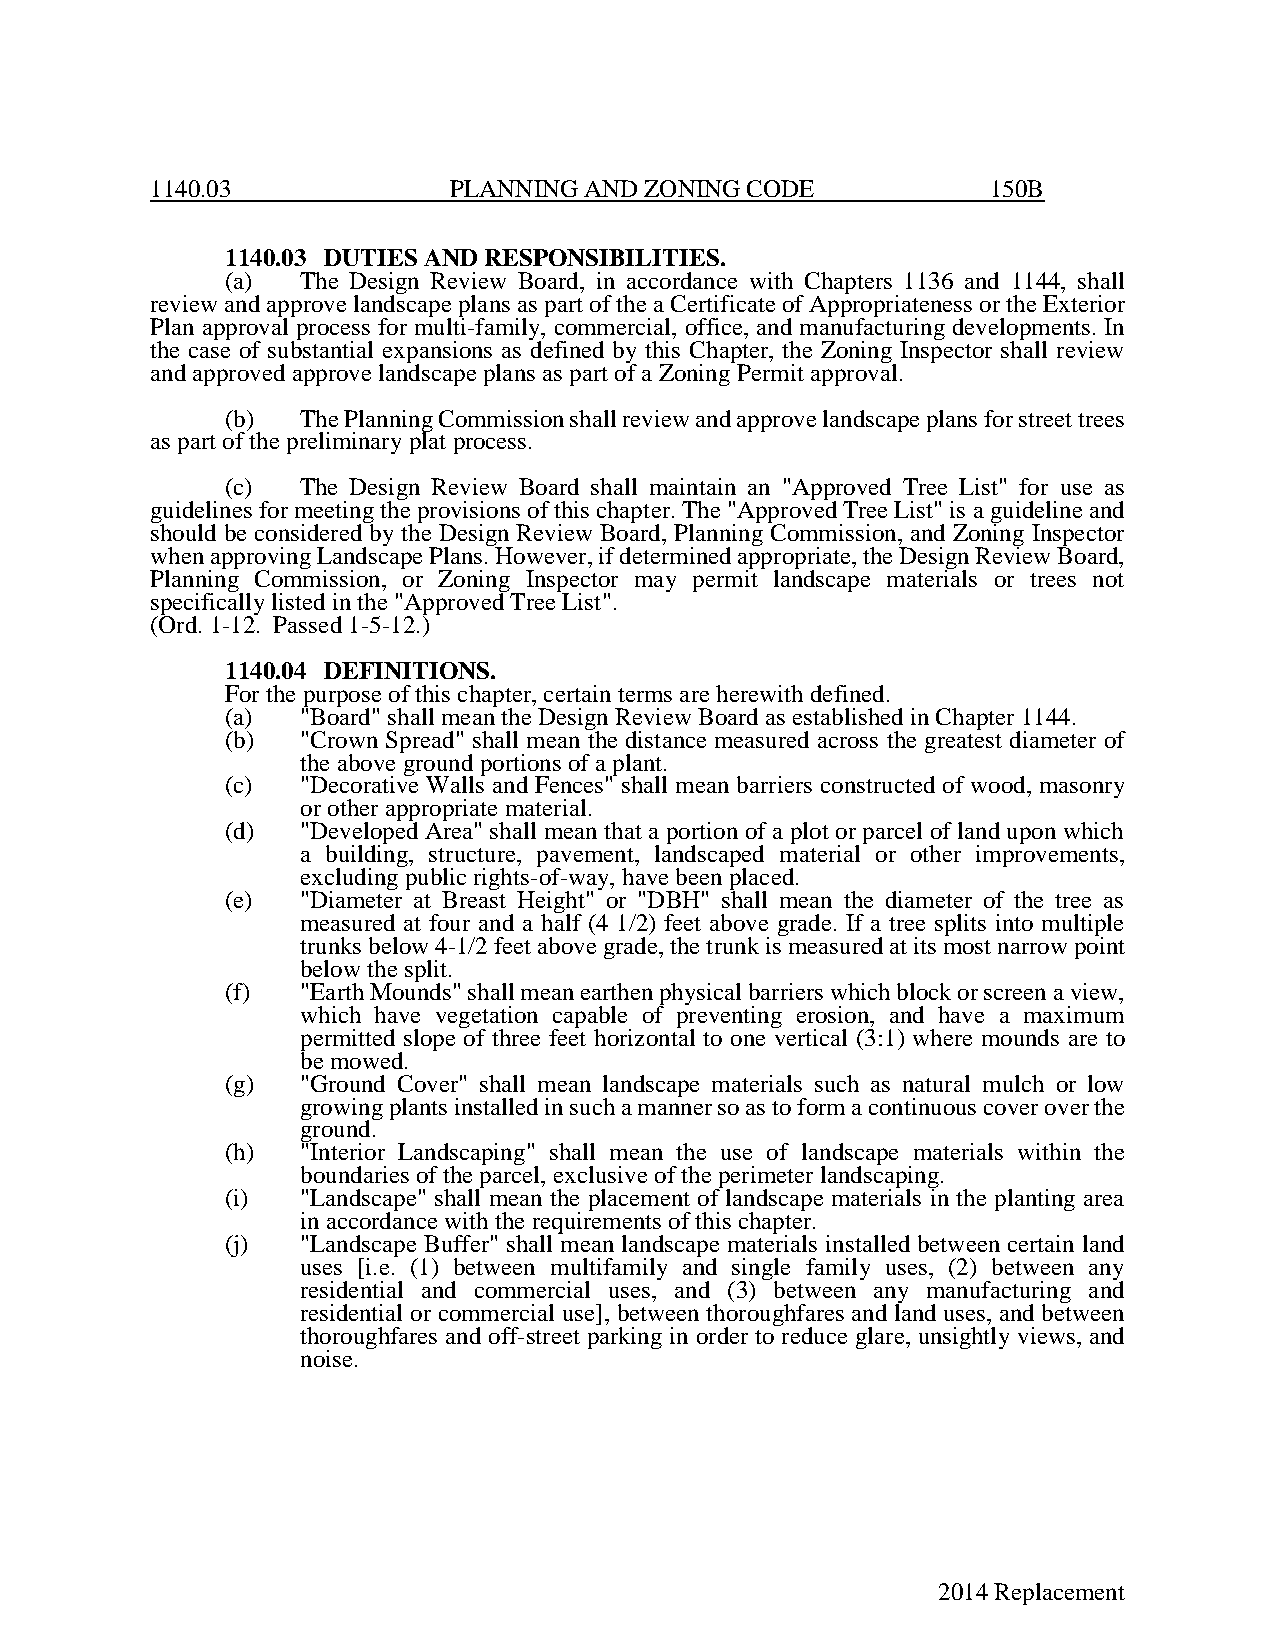
1140.03             PLANNING AND ZONING CODE            150B
 1140.03 DUTIES AND RESPONSIBILITIES.
 (a)  The Design Review Board, in accordance with Chapters 1136 and 1144, shall
 review and approve landscape plans as part of the a Certificate of Appropriateness or the Exterior
 Plan approval process for multi-family, commercial, office, and manufacturing developments. In
 the case of substantial expansions as defined by this Chapter, the Zoning Inspector shall review
 and approved approve landscape plans as part of a Zoning Permit approval.
 (b)  The Planning Commission shall review and approve landscape plans for street trees
 as part of the preliminary plat process.
 (c)  The Design Review Board shall maintain an "Approved Tree List" for use as
 guidelines for meeting the provisions of this chapter. The "Approved Tree List" is a guideline and
 should be considered by the Design Review Board, Planning Commission, and Zoning Inspector
 when approving Landscape Plans. However, if determined appropriate, the Design Review Board,
 Planning Commission, or Zoning Inspector may permit landscape materials or trees not
 specifically listed in the "Approved Tree List".
 (Ord. 1-12. Passed 1-5-12.)
 1140.04 DEFINITIONS.
 For the purpose of this chapter, certain terms are herewith defined.
 (a)  "Board" shall mean the Design Review Board as established in Chapter 1144.
 (b)  "Crown Spread" shall mean the distance measured across the greatest diameter of
 the above ground portions of a plant.
 (c)  "Decorative Walls and Fences" shall mean barriers constructed of wood, masonry
 or other appropriate material.
 (d)  "Developed Area" shall mean that a portion of a plot or parcel of land upon which
 a building, structure, pavement, landscaped material or other improvements,
 excluding public rights-of-way, have been placed.
 (e)  "Diameter at Breast Height" or "DBH" shall mean the diameter of the tree as
 measured at four and a half (4 1/2) feet above grade. If a tree splits into multiple
 trunks below 4-1/2 feet above grade, the trunk is measured at its most narrow point
 below the split.
 (f)  "Earth Mounds" shall mean earthen physical barriers which block or screen a view,
 which have vegetation capable of preventing erosion, and have a maximum
 permitted slope of three feet horizontal to one vertical (3:1) where mounds are to
 be mowed.
 (g)  "Ground Cover" shall mean landscape materials such as natural mulch or low
 growing plants installed in such a manner so as to form a continuous cover over the
 ground.
 (h)  "Interior Landscaping" shall mean the use of landscape materials within the
 boundaries of the parcel, exclusive of the perimeter landscaping.
 (i)  "Landscape" shall mean the placement of landscape materials in the planting area
 in accordance with the requirements of this chapter.
 (j)  "Landscape Buffer" shall mean landscape materials installed between certain land
 uses [i.e. (1) between multifamily and single family uses, (2) between any
 residential and commercial uses, and (3) between any manufacturing and
 residential or commercial use], between thoroughfares and land uses, and between
 thoroughfares and off-street parking in order to reduce glare, unsightly views, and
 noise.
 2014 Replacement